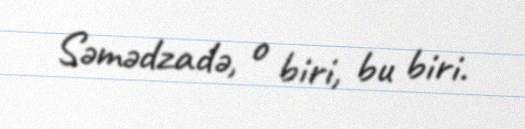
Səmədzadə, o biri, bu biri.